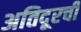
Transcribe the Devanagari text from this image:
अतिदूरची